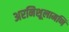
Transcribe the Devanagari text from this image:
अरनिशूलामणि